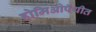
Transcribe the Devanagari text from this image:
होमिओपॅथीत